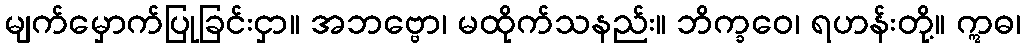
မျက်မှောက်ပြုခြင်းငှာ။ အဘဗ္ဗော၊ မထိုက်သနည်း။ ဘိက္ခဝေ၊ ရဟန်းတို့။ ဣဓ၊